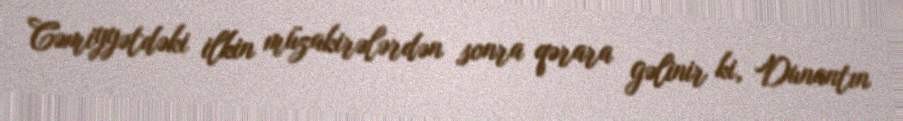
Cəmiyyətdəki ilkin müzakirələrdən sonra qərara gəlinir ki, Dunantın